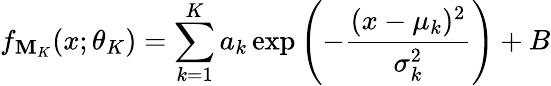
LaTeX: f_{\mathbf{M}_{K}}(x;\theta_{K})=\sum_{k=1}^{K}a_{k}\exp\left(-\frac{{(x-\mu_{k})^{2}}}{{\sigma_{k}^{2}}}\right)+B